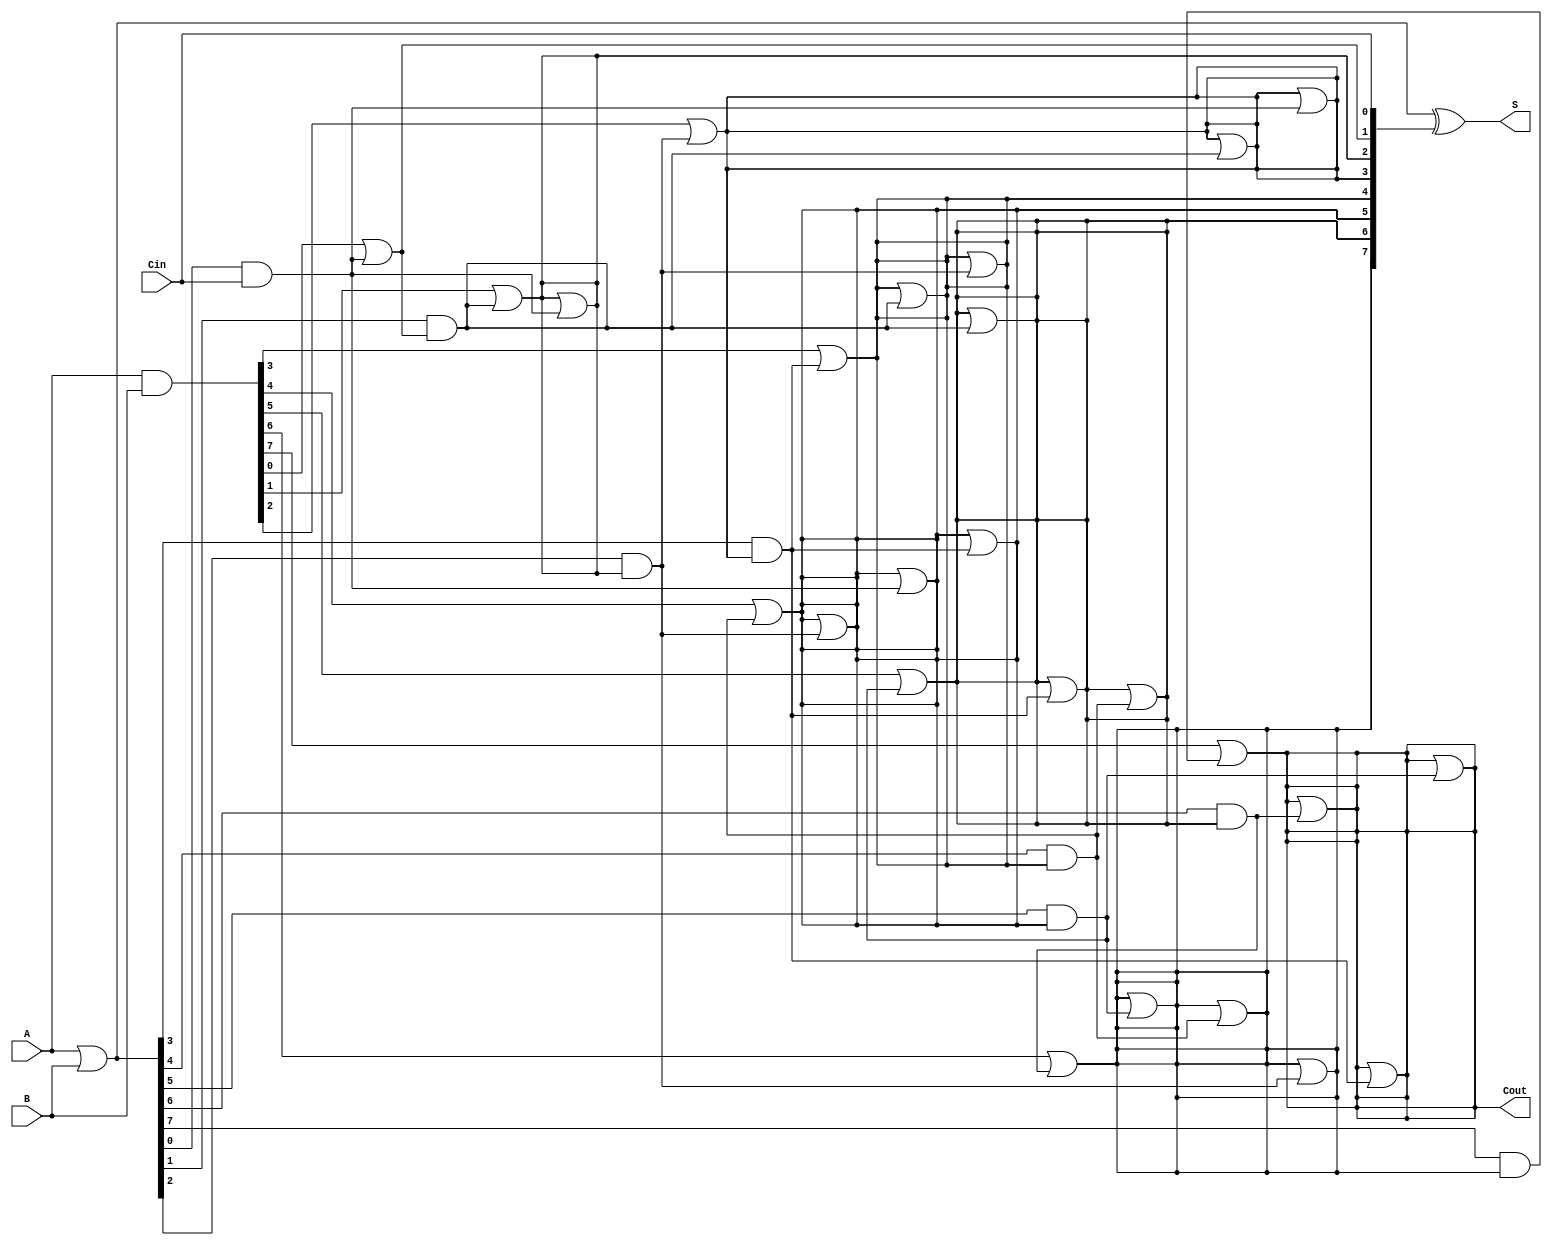
module ParallelPrefixAdder #(
    parameter N = 8  // Width of the adder
)(
    input  [N-1:0] A,   // First operand
    input  [N-1:0] B,   // Second operand
    input         Cin,   // Carry-in
    output [N-1:0] S,    // Sum output
    output        Cout    // Carry-out
);

    // Generate and Propagate signals
    wire [N-1:0] G; // Generate
    wire [N-1:0] P; // Propagate
    wire [N:0] C;    // Carry signals

    // Generate and Propagate calculations
    assign G = A & B;
    assign P = A | B;

    // Carry signals initialization
    assign C[0] = Cin;

    // Kogge-Stone prefix tree for carry generation
    genvar i, j;
    generate
        // Level 1
        for (i = 0; i < N; i = i + 1) begin: level1
            assign C[i+1] = G[i] | (P[i] & C[i]);
        end

        // Additional levels for Kogge-Stone structure
        for (j = 1; j < N; j = j * 2) begin: levels
            for (i = 0; i < N; i = i + 1) begin: inner
                if (i >= j) begin
                    assign C[i+1] = C[i+1] | (P[i-j] & C[i-j]);
                end
            end
        end
    endgenerate

    // Sum calculation
    assign S = P ^ C[N-1:0]; // Sum bits

    // Final carry-out
    assign Cout = C[N];

endmodule